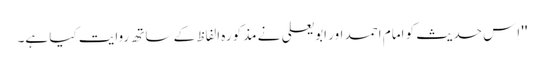
'' اِس حدیث کو امام احمد اور ابو یعلی نے مذکورہ الفاظ کے ساتھ روایت کیا ہے۔